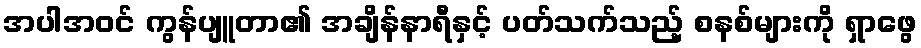
အပါအဝင် ကွန်ပျူတာ၏ အချိန်နာရီနှင့် ပတ်သက်သည့် စနစ်များကို ရှာဖွေ